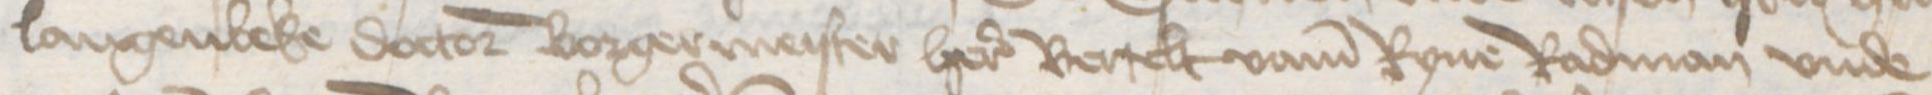
Transcription: Langenbeke doctor borgermeister here Bertelt vame Ryne Radman vnde